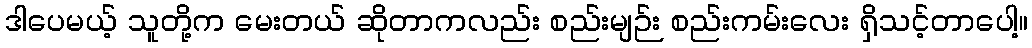
ဒါပေမယ့် သူတို့က မေးတယ် ဆိုတာကလည်း စည်းမျဉ်း စည်းကမ်းလေး ရှိသင့်တာပေါ့။